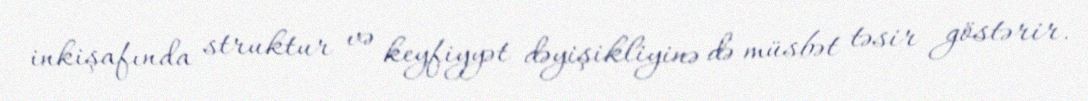
inkişafında struktur və keyfiyyət dəyişikliyinə də müsbət təsir göstərir.